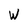
Character: W